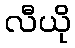
လီယို